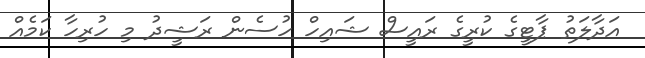
އަދާލަތު ޕާޓީގެ ކުރީގެ ރައީސް ޝައިހް ހުސެން ރަޝީދު މި ހުރިހާ ކަމެއް